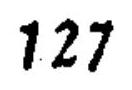
\(127\)